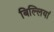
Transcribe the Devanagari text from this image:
बिल्‍लियां